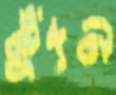
কুঁদন